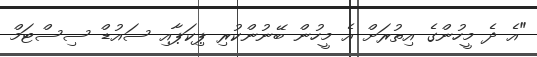
"އެ ދެ މީހުންގެ އިތުރަށް އެ މީހުން ބޭނުންކުރި ޕިކަޕާއި ސައުޑް ސިސްޓަމް